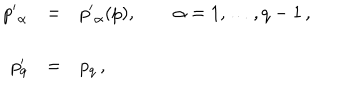
LaTeX: \begin{array} { r c l } { { { p ^ { \prime } } _ { \alpha } } } & { { = } } & { { { p ^ { \prime } } _ { \alpha } ( p ) , \qquad \alpha = 1 , \ldots , q - 1 \, , } } \\ { { } } & { { } } & { { } } \\ { { p _ { q } ^ { \prime } } } & { { = } } & { { p _ { q } \, , } } \\ \end{array}